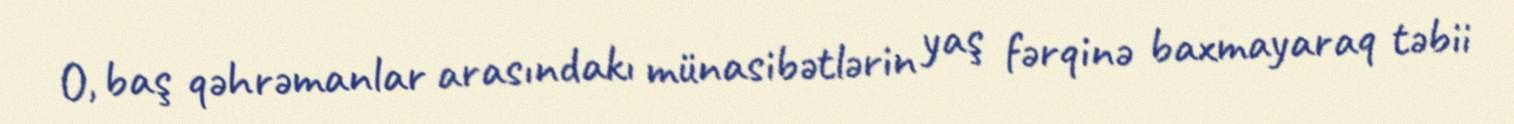
O, baş qəhrəmanlar arasındakı münasibətlərin yaş fərqinə baxmayaraq təbii